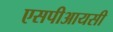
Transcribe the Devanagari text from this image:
एसपीआयसी